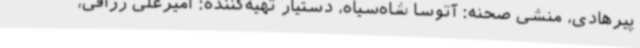
پیرهادی، منشی صحنه: آتوسا شاه‌سیاه، دستیار تهیه‌کننده: امیرعلی رزاقی،